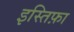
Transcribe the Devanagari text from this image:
इस्तिफ़ा